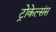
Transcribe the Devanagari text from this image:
ट्रोकेल्संस